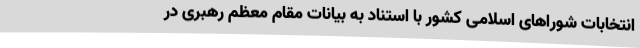
انتخابات شوراهای اسلامی کشور با استناد به بیانات مقام معظم رهبری در